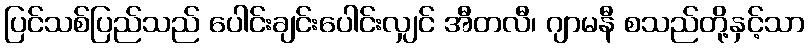
ပြင်သစ်ပြည်သည် ပေါင်းချင်းပေါင်းလျှင် အီတလီ၊ ဂျာမနီ စသည်တို့နှင့်သာ